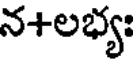
న+లభ్యః